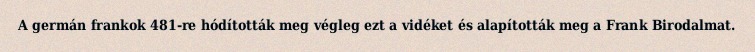
A germán frankok 481-re hódították meg végleg ezt a vidéket és alapították meg a Frank Birodalmat.